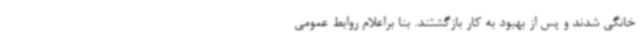
خانگی شدند و پس از بهبود به کار بازگشتند. بنا براعلام روابط عمومی